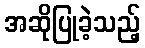
အဆိုပြုခဲ့သည့်